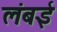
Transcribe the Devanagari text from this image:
लंबई